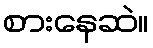
စားနေဆဲ။